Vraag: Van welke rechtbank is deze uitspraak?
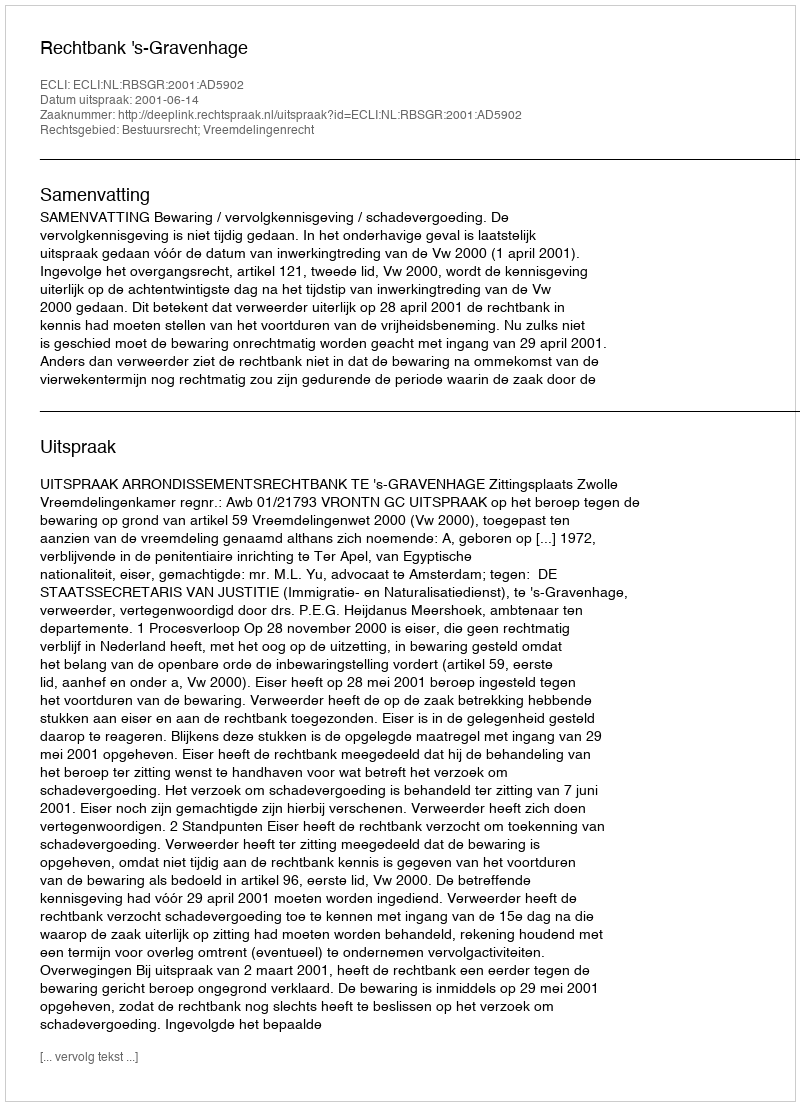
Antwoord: Rechtbank 's-Gravenhage